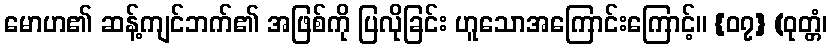
မောဟ၏ ဆန့်ကျင်ဘက်၏ အဖြစ်ကို ပြလိုခြင်း ဟူသောအကြောင်းကြောင့်။ {၀၇} (ဝုတ္တံ၊